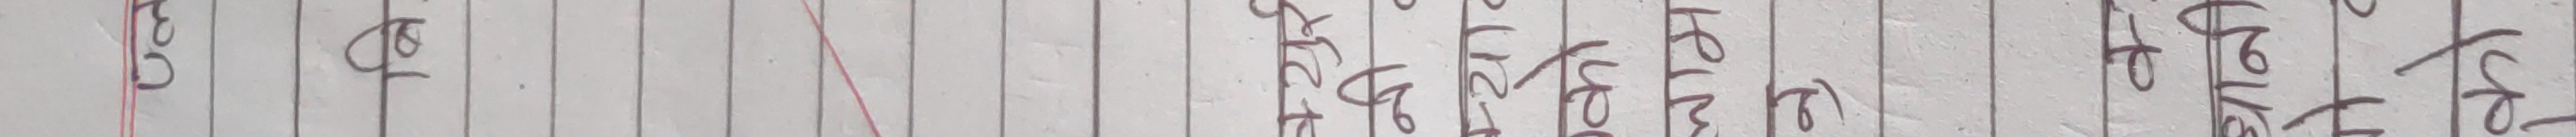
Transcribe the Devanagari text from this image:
छु कै